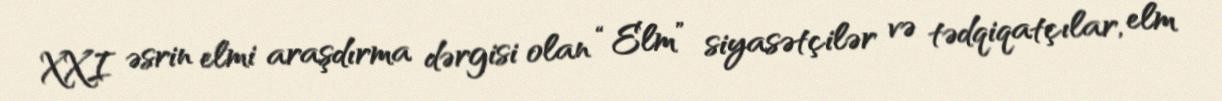
XXI əsrin elmi araşdırma dərgisi olan “Elm” siyasətçilər və tədqiqatçılar, elm